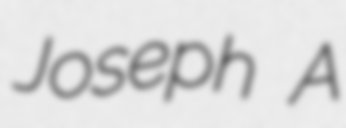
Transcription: Joseph A